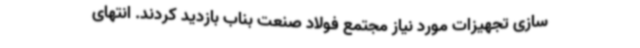
سازی تجهیزات مورد نیاز مجتمع فولاد صنعت بناب بازدید کردند. انتهای